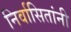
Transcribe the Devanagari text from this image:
निर्वासितांनी